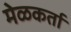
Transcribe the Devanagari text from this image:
मेळकर्ता